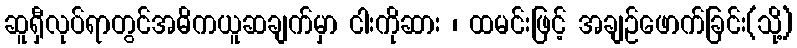
ဆူရှီလုပ်ရာတွင်အဓိကယူဆချက်မှာ ငါးကိုဆား ၊ ထမင်းဖြင့် အချဉ်ဖောက်ခြင်း(သို့)